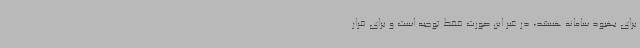
برای بهبود سامانه هستند، در غیر این صورت فقط توجیه است و برای فرار